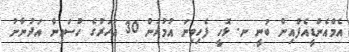
އެމްއެންޑީއެފްއިން ބުނީ ނ. ޅޮހީ ފެހިވިނަ އުމުރުން 30 އަހަރުގެ ހުސައިން އަދުނާނު